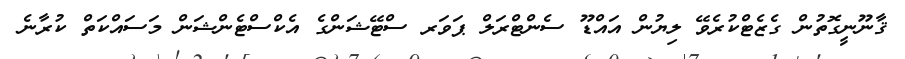
ޤާނޫނީގޮތުން ގެޒެޓްކުރެވޭ ލިޔުން އައްޑޫ ސެންޓްރަލް ޕަވަރ ސްޓޭޝަންގެ އެކްސްޓެންޝަން މަސައްކަތް ކުރާނެ